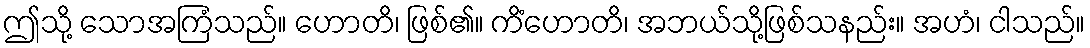
ဤသို့ သောအကြံသည်။ ဟောတိ၊ ဖြစ်၏။ ကိံဟောတိ၊ အဘယ်သို့ဖြစ်သနည်း။ အဟံ၊ ငါသည်။